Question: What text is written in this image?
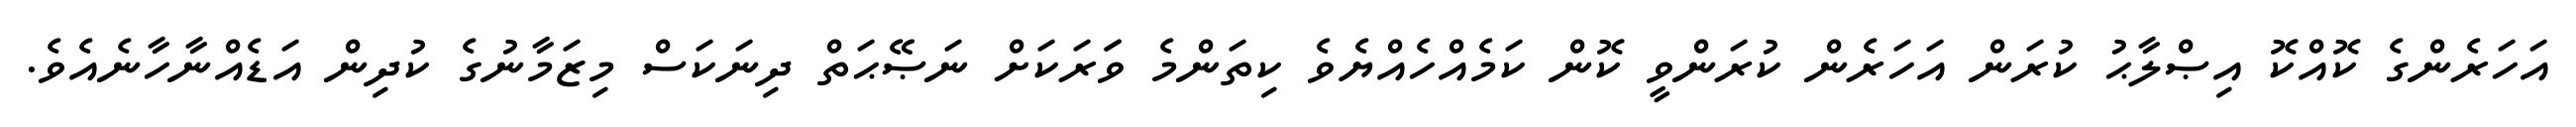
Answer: އަހަރެންގެ ކޮއްކޮ އިޞްލާޙު ކުރަން އަހަރެން ކުރަންވީ ކޮން ކަމެއްހެއްޔެވެ ކިތަންމެ ވަަރަކަށް ނަޞޭޙަތް ދިނަކަސް މިޒަމާނުގެ ކުދިން އަޑެއްނާހާނެއެވެ.